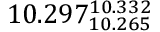
1 0 . 2 9 7 _ { 1 0 . 2 6 5 } ^ { 1 0 . 3 3 2 }